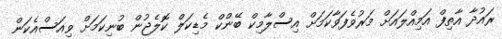
ރައުދާ އާތިފް އަމިއްލައަށް މަރުވެފަވާކަމަށް އިސްލާމިކް ބޭންކް މެޑިކަލް ކޮލެޖުން ބުނިކަމަށް ވިއަސްއެކަން